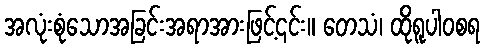
အလုံးစုံသောအခြင်းအရာအားဖြင့်၎င်း။ တေသံ၊ ထိုရူပါဝစရ